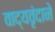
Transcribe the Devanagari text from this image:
वाद्यवृंदाने